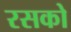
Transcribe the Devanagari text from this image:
रसको